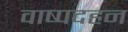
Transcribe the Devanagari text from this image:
वाष्पदहन